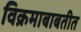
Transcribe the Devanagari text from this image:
विक्रमाबाबतीत